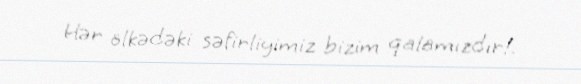
Hər ölkədəki səfirliyimiz bizim qalamızdır!.